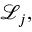
{ \mathcal { L } } _ { j } ,